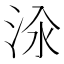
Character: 𱦔